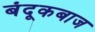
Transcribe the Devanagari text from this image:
बंदूकबाज